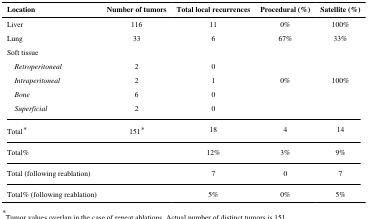
<table><thead><tr><td><b>Location</b></td><td><b>Number of tumors</b></td><td><b>Total local recurrences</b></td><td><b>Procedural (%)</b></td><td><b>Satellite (%)</b></td></tr></thead><tbody><tr><td>Liver</td><td>116</td><td>11</td><td>0%</td><td>100%</td></tr><tr><td>Lung</td><td>33</td><td>6</td><td>67%</td><td>33%</td></tr><tr><td colspan="5">Soft tissue</td></tr><tr><td> <i>Retroperitoneal</i></td><td>2</td><td>0</td><td></td><td></td></tr><tr><td> <i>Intraperitoneal</i></td><td>2</td><td>1</td><td>0%</td><td>100%</td></tr><tr><td> <i>Bone</i></td><td>6</td><td>0</td><td></td><td></td></tr><tr><td> <i>Superficial</i></td><td>2</td><td>0</td><td></td><td></td></tr><tr><td>Total*</td><td>151*</td><td>18</td><td>4</td><td>14</td></tr><tr><td>Total%</td><td></td><td>12%</td><td>3%</td><td>9%</td></tr><tr><td>Total (following reablation)</td><td></td><td>7</td><td>0</td><td>7</td></tr><tr><td>Total% (following reablation)</td><td></td><td>5%</td><td>0%</td><td>5%</td></tr></tbody></table>